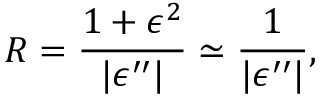
R = \frac { 1 + \epsilon ^ { 2 } } { | \epsilon ^ { \prime \prime } | } \simeq \frac { 1 } { | \epsilon ^ { \prime \prime } | } ,